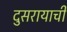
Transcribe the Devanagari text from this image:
दुसरायाची